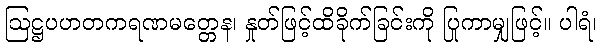
ဩဋ္ဌပဟတကရဏမတ္တေန၊ နှုတ်ဖြင့်ထိခိုက်ခြင်းကို ပြုကာမျှဖြင့်။ ပါရံ၊